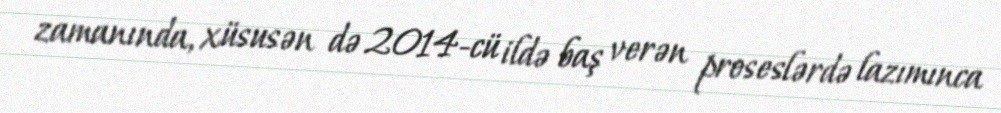
zamanında, xüsusən də 2014-cü ildə baş verən proseslərdə lazımınca